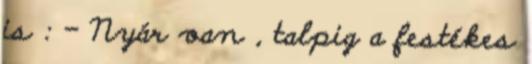
is : - Nyár van , talpig a festékes